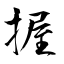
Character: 握